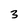
Character: 3